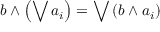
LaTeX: b \wedge \left( \bigvee a _ { i } \right) = \bigvee \left( b \wedge a _ { i } \right)